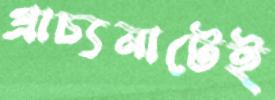
প্রাচ্যনাটেই